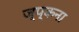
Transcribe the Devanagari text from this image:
ज्प्कना